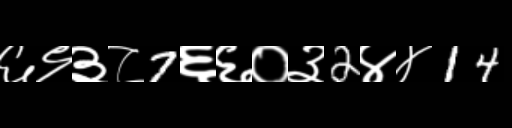
Text: ६९३८7६६०३2४४14